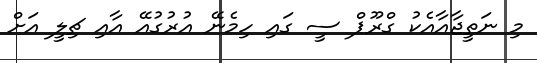
މި ނަތީޖާއާއެކު ގްރޫޕް ސީ ގައި ހިމެނޭ އުރުގުއޭ އާއި ޗިލީ އަށް